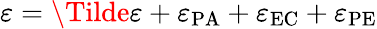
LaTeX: \varepsilon=\Tilde{\varepsilon}+\varepsilon_{\mathrm{PA}}+\varepsilon_{\mathrm{EC}}+\varepsilon_{\mathrm{PE}}